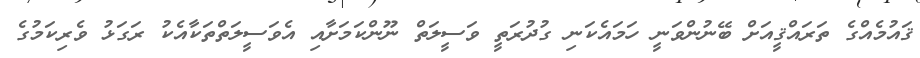
ޤައުމެއްގެ ތަރައްޤީއަށް ބޭނުންވަނީ ހަމައެކަނި ގުދުރަތީ ވަސީލަތް ނޫންކަމަށާއި އެވަސީލަތްތަކާއެކު ރަގަޅު ވެރިކަމުގެ